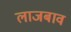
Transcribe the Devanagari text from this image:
लाजबाव